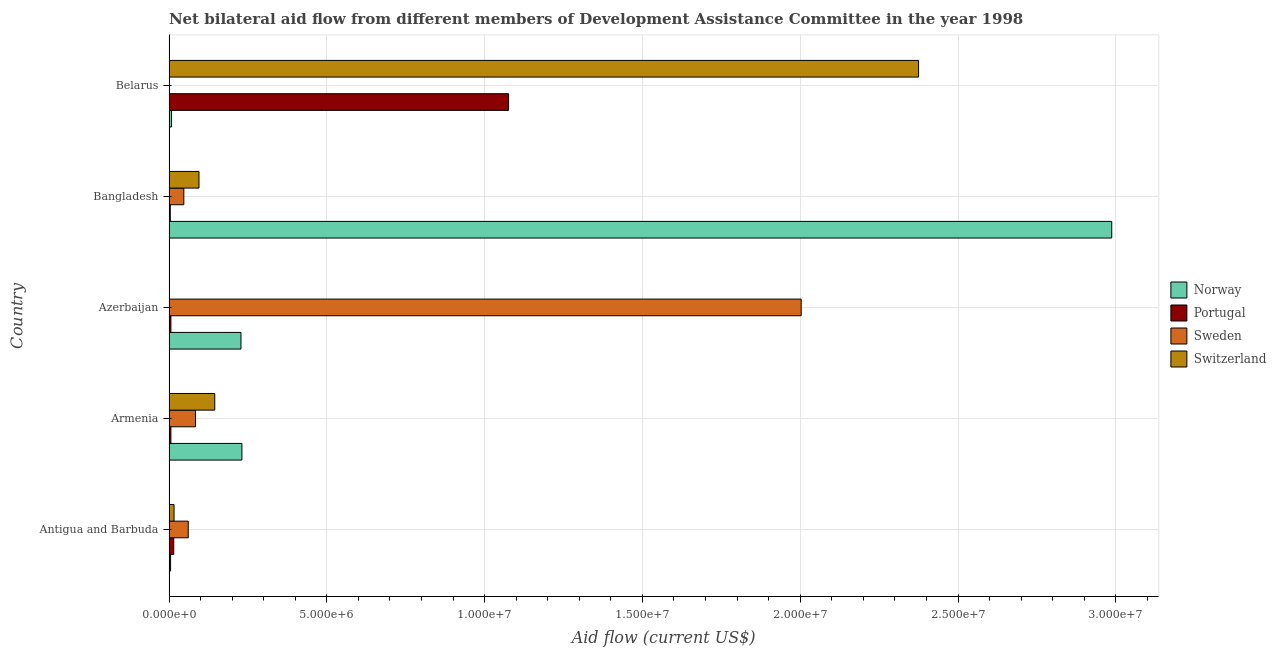
| Country | Norway | Portugal | Sweden | Switzerland |
 | --- | --- | --- | --- | --- |
 | Antigua and Barbuda | 5e+04 | 1.5e+05 | 6.1e+05 | 1.6e+05 |
 | Armenia | 2.31e+06 | 6e+04 | 8.4e+05 | 1.45e+06 |
 | Azerbaijan | 2.28e+06 | 6e+04 | 2e+07 | 1e+04 |
 | Bangladesh | 2.99e+07 | 4e+04 | 4.7e+05 | 9.5e+05 |
 | Belarus | 8e+04 | 1.08e+07 | 1e+04 | 2.38e+07 |